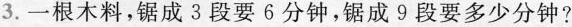
3.一根木料，锯成3段要6分钟，锯成9段要多少分钟？